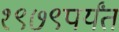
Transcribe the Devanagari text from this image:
१९७९पर्यंत